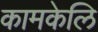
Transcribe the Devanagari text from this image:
कामकेलि